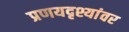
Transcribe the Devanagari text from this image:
प्रणयदृश्यांवर